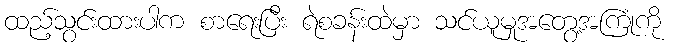
ထည့်သွင်းထားပါက စာရေးပြီး ရဲစခန်းထဲမှာ သင်ယူမှုအတွေ့အကြုံကို